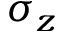
\sigma _ { z }